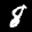
Label: 8